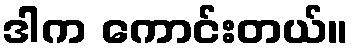
ဒါက ကောင်းတယ်။